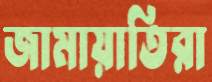
জামায়াতিরা